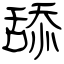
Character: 舔